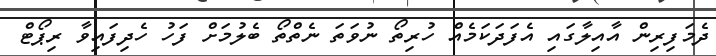
ދެމަފިރިން އާއިލާގައި އެފަދަކަމެއް ހުރިތޯ ނުވަތަ ނެތްތޯ ބެލުމަށް ފަހު ހެދިފައިވާ ރިޕޯޓް